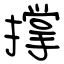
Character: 撑